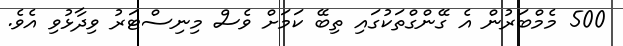
500 މެމްބަރުން އެ ގޭންގްތަކުގައި ތިބޭ ކަމަށް ވެސް މިނިސްޓަރު ވިދާޅުވި އެވެ.